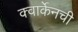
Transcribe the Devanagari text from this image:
क्वार्केनची